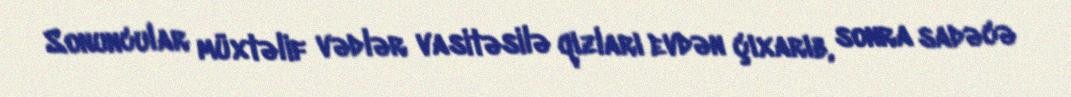
Sonuncular müxtəlif vədlər vasitəsilə qızları evdən çıxarıb, sonra sadəcə